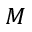
M